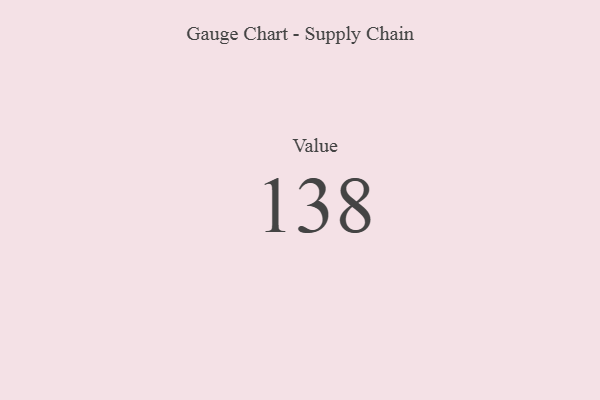
{"axis": {"x": "Metric", "y": "Value"}, "legend": [""], "data": [{"x": "Value", "y": 138, "type": ""}]}